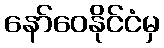
နော်ဝေနိုင်ငံမှ